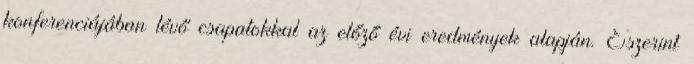
konferenciájában lévő csapatokkal az előző évi eredmények alapján. Eszerint